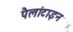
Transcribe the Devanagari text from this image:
पैलांटाइन